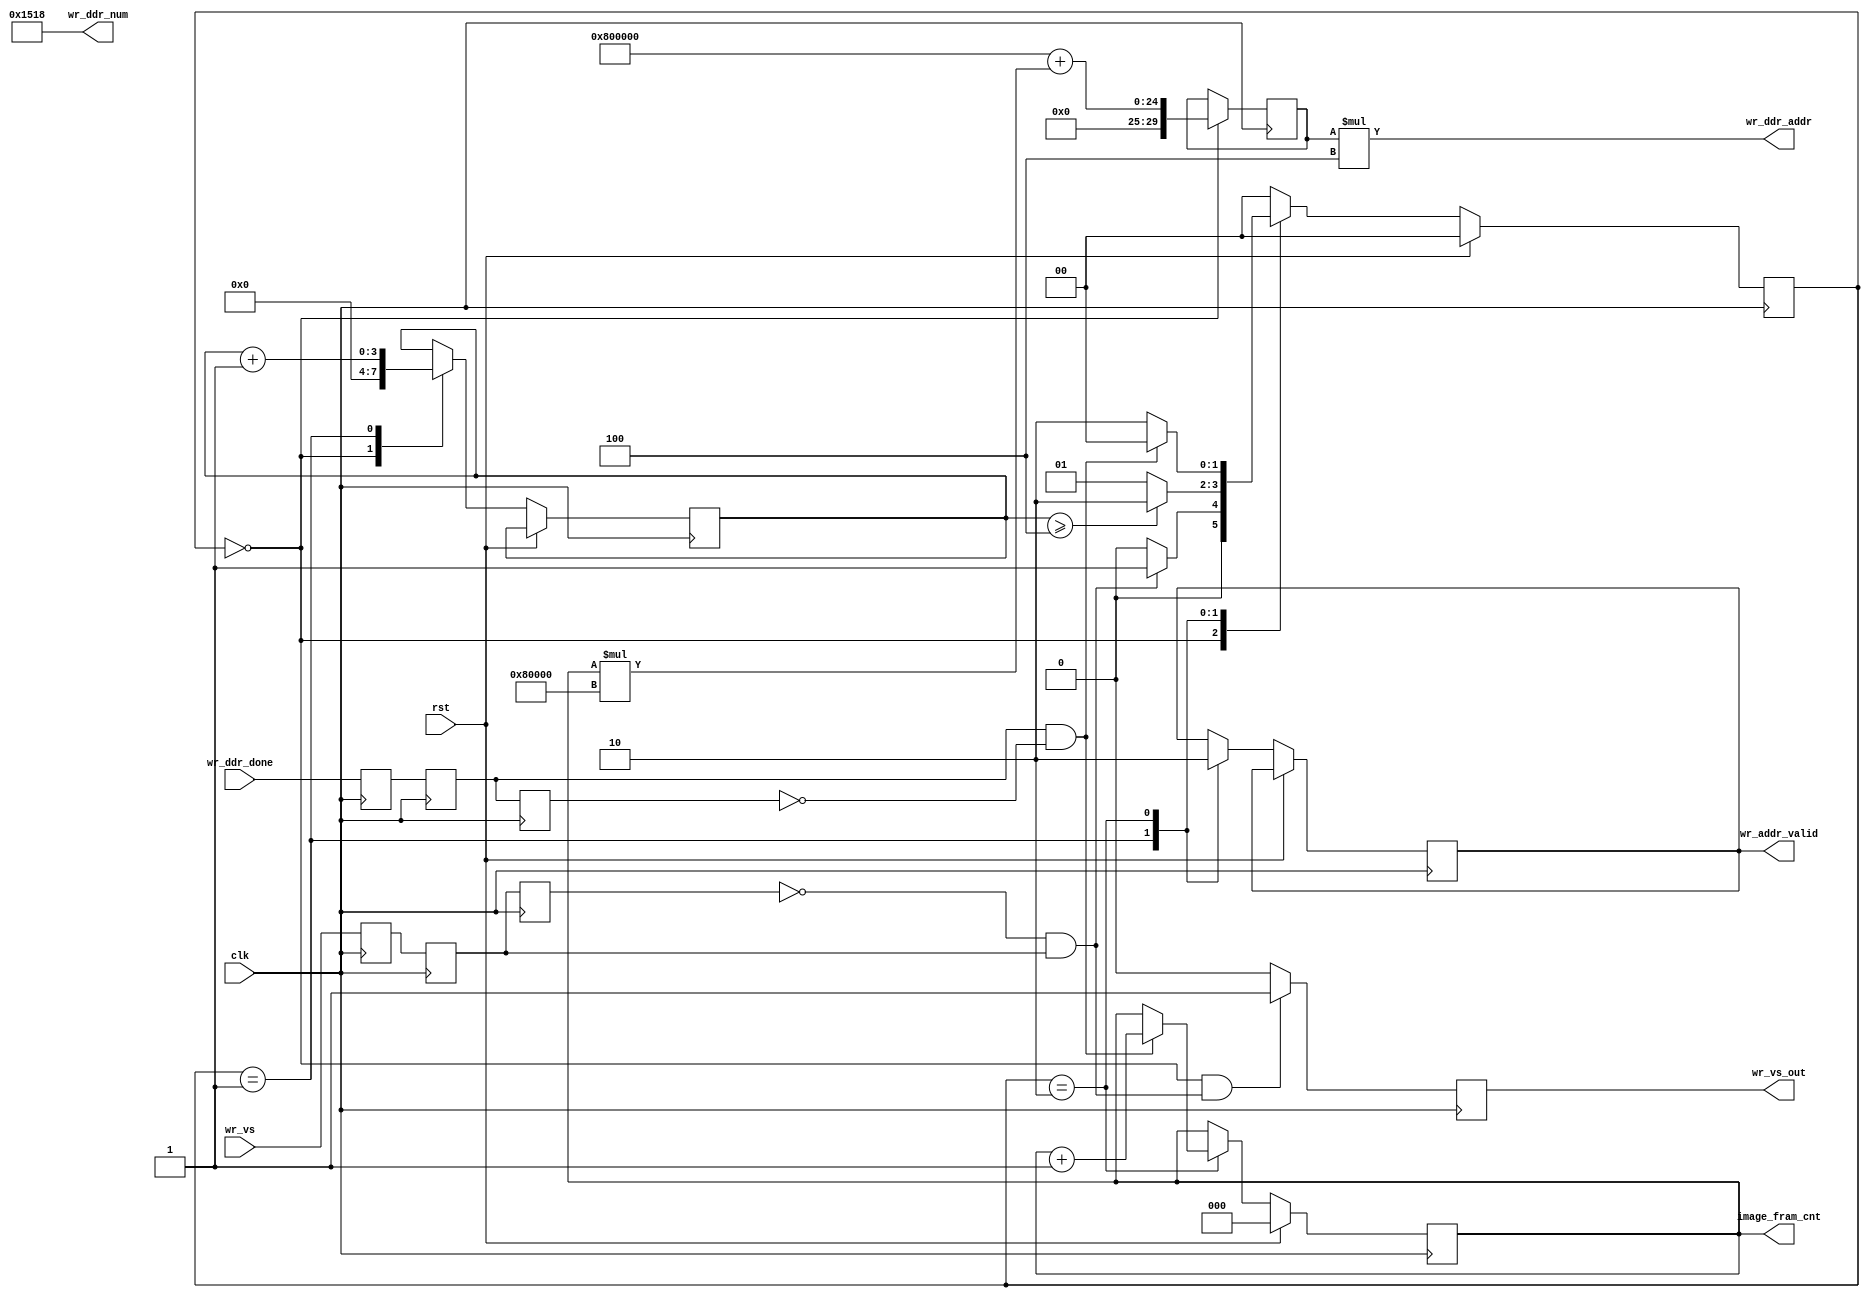
module wr2_addr_ctr #(
    parameter START_ADDR   = 32'h0080_0000,
    parameter BLOCK_SIZE   = 32'h0008_0000,
    parameter IMAGE_BLOCK  = 32'h0007_0800,
    parameter WR_NUM       = 32'd5400,
    parameter ADDR_WIDTH   = 30,
    parameter WR_NUM_WIDTH = 28,
    parameter IMAGE_SIZE   = 12
) (
    input clk,
    input rst,

    input                         wr_vs,
    input                         wr_ddr_done,
    output                        wr_addr_valid,
    output     [  ADDR_WIDTH-1:0] wr_ddr_addr,
    output     [WR_NUM_WIDTH-1:0] wr_ddr_num,
    output     [             2:0] image_fram_cnt,
    output reg                    wr_vs_out

);

  reg [2:0] image_fram_cnt0;
  reg [1:0] wr_sta;

  reg wr_ddr_done0;
  reg wr_ddr_done1;
  reg wr_addr_valid0;
  assign image_fram_cnt = image_fram_cnt0;
  reg  wr_ddr_done2;
  wire wr_ddr_done_rise = (wr_ddr_done1) & (~wr_ddr_done2);
  always @(posedge clk) begin
    wr_ddr_done0 <= wr_ddr_done;
    wr_ddr_done1 <= wr_ddr_done0;
    wr_ddr_done2 <= wr_ddr_done1;
  end
  reg wr_vs0, wr_vs1, wr_vs2;
  wire wr_vs_rise;
  assign wr_vs_rise = (~wr_vs2) & (wr_vs1);
  always @(posedge clk) begin
    wr_vs0 <= wr_vs;
    wr_vs1 <= wr_vs0;
    wr_vs2 <= wr_vs1;
  end
  reg [3:0] delay_cnt;
  always @(posedge clk) begin
    if (rst) begin
      wr_sta <= 'd0;
    end else begin
      case (wr_sta)
        'd0: begin
          if (wr_vs_rise) wr_sta <= 'd1;
          else wr_sta <= 'd0;
        end
        'd1: begin
          if (delay_cnt >= 4) wr_sta <= 'd2;
          else wr_sta <= 'd1;
        end
        'd2: begin
          if (wr_ddr_done_rise) wr_sta <= 'd0;
          else wr_sta <= 'd2;
        end
        default: wr_sta <= 'd0;
      endcase
    end
  end
  always @(posedge clk) begin
    if (rst) begin
      image_fram_cnt0 <= 'd0;
    end else begin
      case (wr_sta)
        'd0: begin
          image_fram_cnt0 <= image_fram_cnt0;
          delay_cnt       <= 'd0;
          //if(wr_vs_rise)
          //    wr_addr_valid0 <= 'd1 ;
          //else 
          //    wr_addr_valid0 <= 'd0 ;
        end
        'd1: begin
          delay_cnt <= delay_cnt + 1'b1;
          wr_addr_valid0 <= 'd1;
        end
        'd2: begin
          wr_addr_valid0 <= 'd0;
          if (wr_ddr_done_rise) image_fram_cnt0 <= image_fram_cnt0 + 1'b1;
          else image_fram_cnt0 <= image_fram_cnt0;
        end
        default: ;
      endcase
    end
  end

  reg [ADDR_WIDTH-1:0] wr_ddr_addr0;

  assign wr_ddr_num    = WR_NUM ;
  assign wr_ddr_addr   = wr_ddr_addr0*4;
  assign wr_addr_valid = wr_addr_valid0;
  always @(posedge clk) begin
    if (wr_sta == 0) begin
      wr_ddr_addr0 <= START_ADDR + image_fram_cnt0 * BLOCK_SIZE;
    end else begin
      wr_ddr_addr0 <= wr_ddr_addr0;
    end
  end
  always @(posedge clk) begin
    wr_vs_out <= ((wr_sta == 0) && (wr_vs_rise)) ? 1'b1 : 1'b0;
  end

endmodule